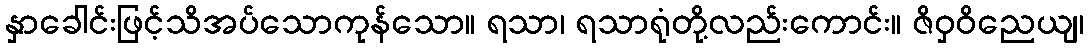
နှာခေါင်းဖြင့်သိအပ်သောကုန်သော။ ရသာ၊ ရသာရုံတို့လည်းကောင်း။ ဇိဝှဝိညေယျ၊